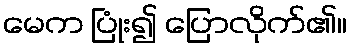
မေက ပြုံး၍ ပြောလိုက်၏။